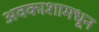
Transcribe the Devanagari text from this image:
अवकाशामधून